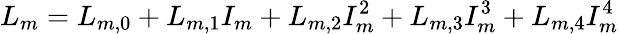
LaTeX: L_{m}=L_{m,0}+L_{m,1}I_{m}+L_{m,2}I_{m}^{2}+L_{m,3}I_{m}^{3}+L_{m,4}I_{m}^{4}